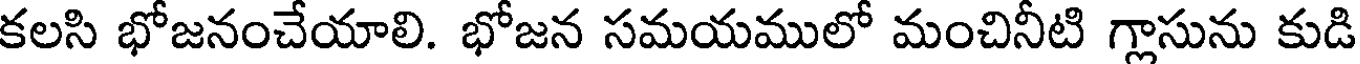
కలసి భోజనంచేయాలి. భోజన సమయములో మంచినీటి గ్లాసును కుడి